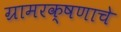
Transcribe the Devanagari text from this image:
ग्रामरक्षणाचे